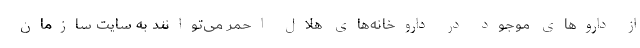
از داروهای موجود در داروخانه‌های هلال احمر می‌توانند به سایت سازمان